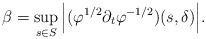
\begin{align*}\beta=\sup_{s\in S}\Big|(\varphi^{1/2}\partial_{t}\varphi^{-1/2})(s,\delta)\Big|.\end{align*}